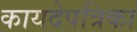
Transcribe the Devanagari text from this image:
कायदेपत्रिका